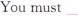
You must